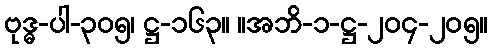
ဗုဒ္ဓ-ပါ-၃၀၅၊ ဋ္ဌ-၁၆၃။ ။အဘိ-၁-ဋ္ဌ-၂၀၄-၂၀၅။